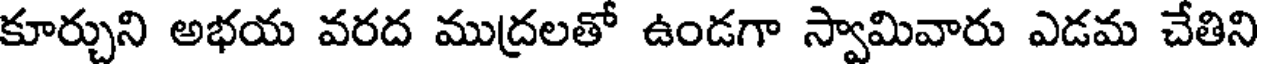
కూర్చుని అభయ వరద ముద్రలతో ఉండగా స్వామివారు ఎడమ చేతిని